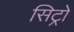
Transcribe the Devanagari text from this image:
सिट्रों